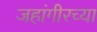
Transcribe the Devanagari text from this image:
जहांगीरच्या